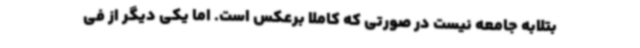
بتلابه جامعه نیست در صورتی که کاملا برعکس است. اما یکی دیگر از فی